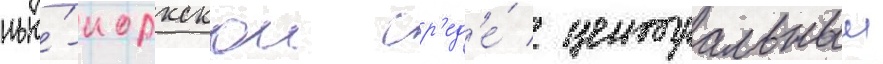
нью́-иоркскои ср'ед'е́ / центральныи